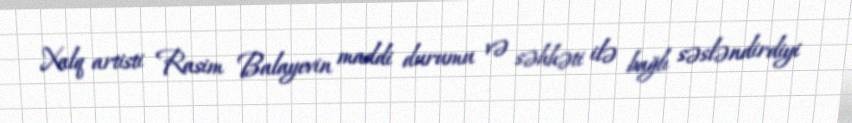
Xalq artisti Rasim Balayevin maddi durumu və səhhəti ilə bağlı səsləndirdiyi